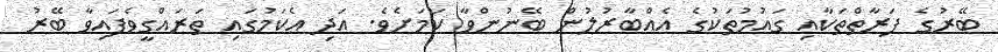
ބޭރުގެ ފަރާތްތަކާއި ގައުމުތަކުގެ އެއްބާރުލުން ބޭނުންވާ ކަމަށެވެ. އަދި އެކަމުގައި ތަރައްގީވެފައިވާ ބޭރު